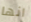
انها